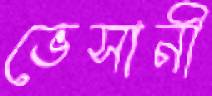
ভেসানী